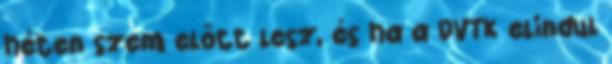
héten szem előtt lesz, és ha a DVTK elindul